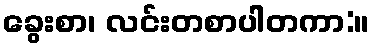
ခွေးစာ၊ လင်းတစာပါတကာ:။